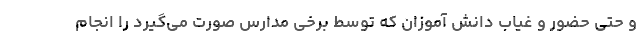
و حتی حضور و غیاب دانش آموزان که توسط برخی مدارس صورت می‌گیرد را انجام